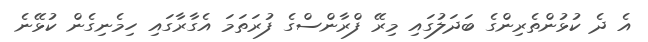
އެ ދެ ކުޅުންތެރިންގެ ބަދަލުގައި މިރޭ ފްރާންސްގެ ފުރަތަމަ އެގާރާގައި ހިމެނިގެން ކުޅޭނެ